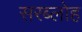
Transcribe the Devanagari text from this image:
सरब्लोह